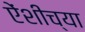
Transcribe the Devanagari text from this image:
एेंशीच्या